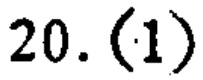
20. (1)